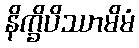
နိက္ခိပိဿာမိမံ